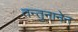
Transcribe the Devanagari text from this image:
तन्तुनानेन